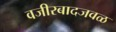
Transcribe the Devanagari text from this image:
वजीरबादजवळ